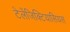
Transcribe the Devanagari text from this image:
टेलेंजिक्टियासियस